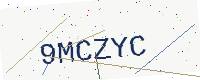
Text: 9MCZYC